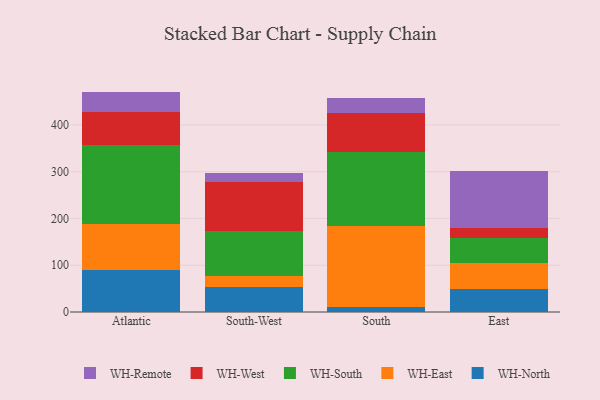
{"axis": {"x": "Region", "y": "Latency (ms)"}, "legend": ["WH-East", "WH-North", "WH-Remote", "WH-South", "WH-West"], "data": [{"x": "Atlantic", "y": 90.2, "type": "WH-North"}, {"x": "Atlantic", "y": 98.6, "type": "WH-East"}, {"x": "Atlantic", "y": 168.5, "type": "WH-South"}, {"x": "Atlantic", "y": 70.6, "type": "WH-West"}, {"x": "Atlantic", "y": 43.3, "type": "WH-Remote"}, {"x": "South-West", "y": 54.4, "type": "WH-North"}, {"x": "South-West", "y": 23.6, "type": "WH-East"}, {"x": "South-West", "y": 96.1, "type": "WH-South"}, {"x": "South-West", "y": 104.8, "type": "WH-West"}, {"x": "South-West", "y": 18.5, "type": "WH-Remote"}, {"x": "South", "y": 11.7, "type": "WH-North"}, {"x": "South", "y": 172.7, "type": "WH-East"}, {"x": "South", "y": 157.2, "type": "WH-South"}, {"x": "South", "y": 84.1, "type": "WH-West"}, {"x": "South", "y": 32.8, "type": "WH-Remote"}, {"x": "East", "y": 49.7, "type": "WH-North"}, {"x": "East", "y": 54.1, "type": "WH-East"}, {"x": "East", "y": 54.5, "type": "WH-South"}, {"x": "East", "y": 21.7, "type": "WH-West"}, {"x": "East", "y": 122.0, "type": "WH-Remote"}]}